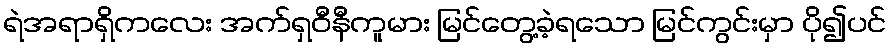
ရဲအရာရှိကလေး အက်ရှဝီနီကူမား မြင်တွေ့ခဲ့ရသော မြင်ကွင်းမှာ ပို၍ပင်